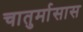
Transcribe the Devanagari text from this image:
चातुर्मासास